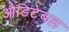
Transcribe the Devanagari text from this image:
औडिटेबल